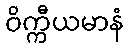
ဝိက္ကီယမာနံ